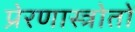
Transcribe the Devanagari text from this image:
प्रेरणास्त्रोतों